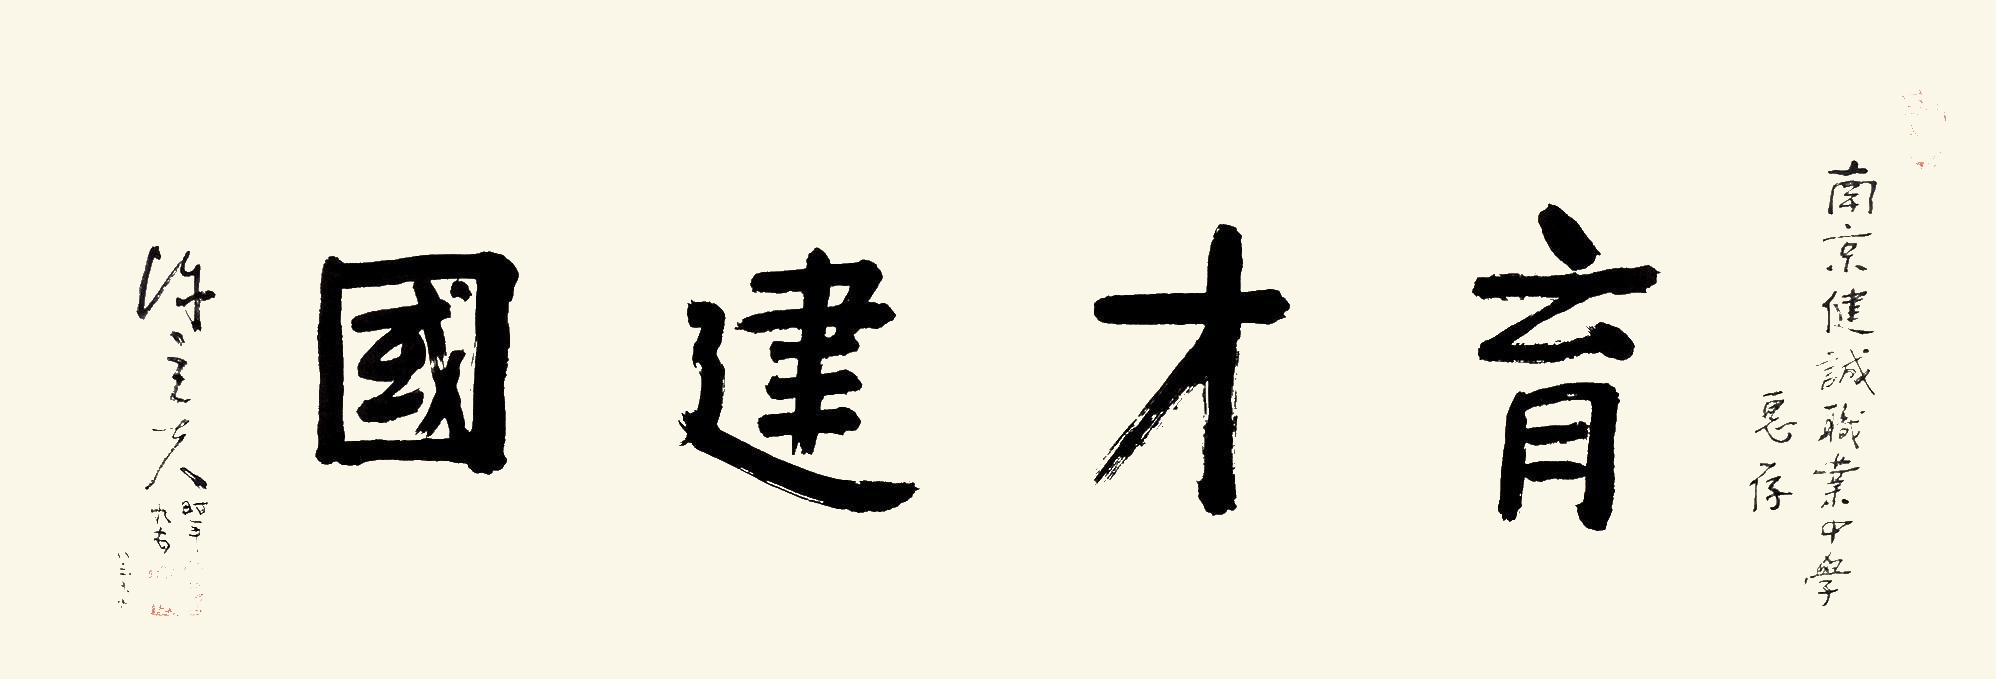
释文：育才建国南京健诚职业中学惠存，陈立夫时年九五。